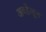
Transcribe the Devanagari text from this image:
अवहेलून